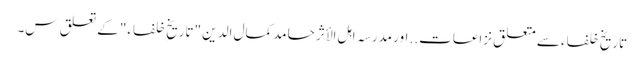
تاریخِ خلفاء سے متعلق نزاعات.. اور مدرسہ اہل الأثر حامد کمال الدین "تاریخِ خلفاء" کے تعلق س۔